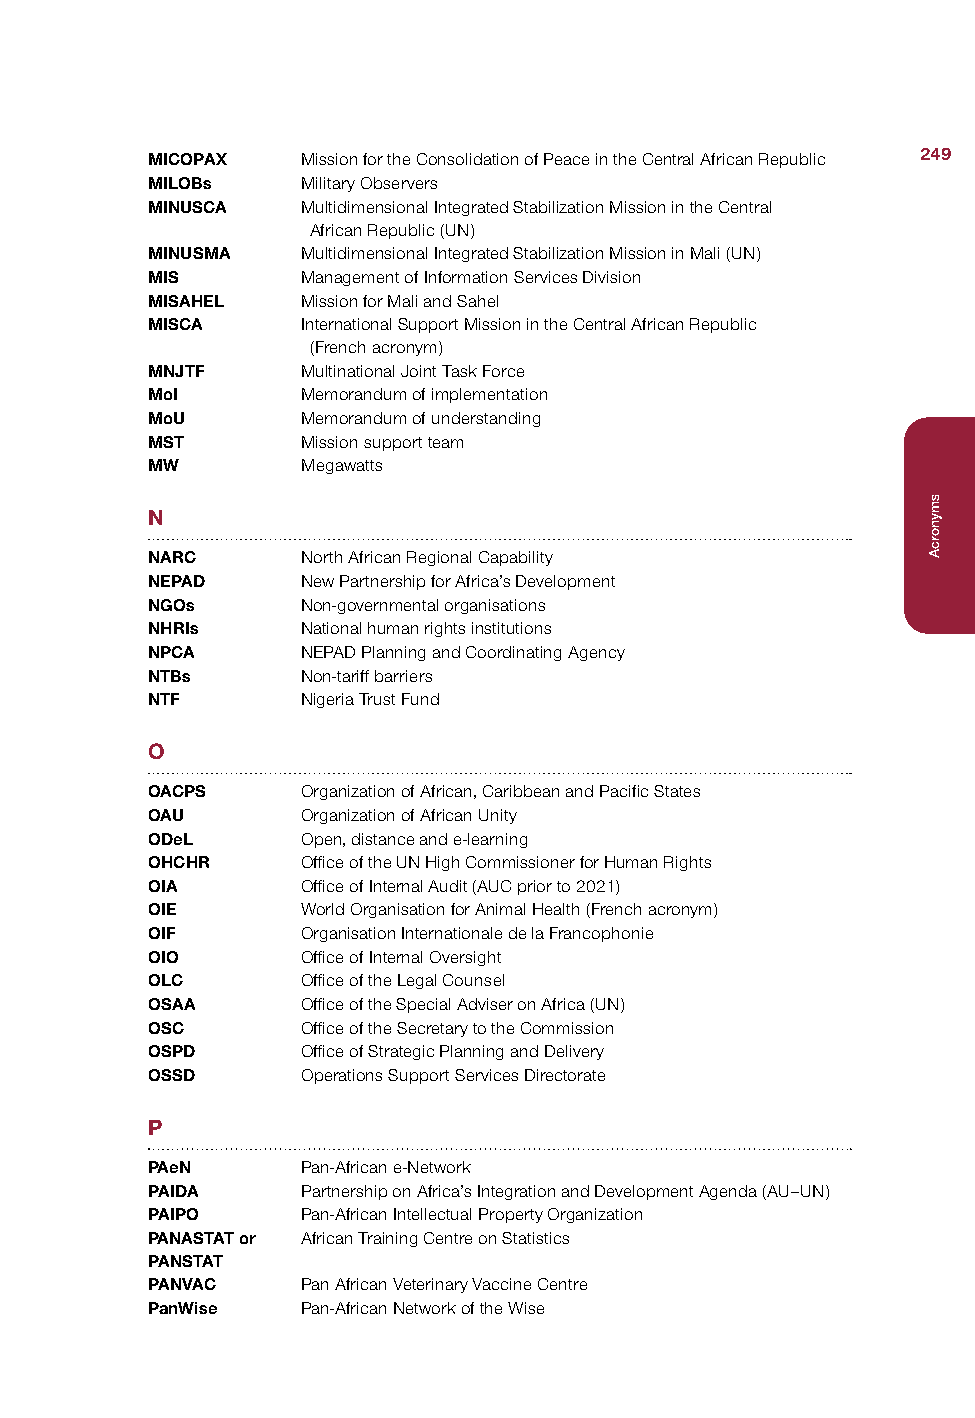
MICOPAX   Mission for the Consolidation of Peace in the Central African Republic 249
 MILOBs    Military Observers
 MINUSCA   Multidimensional Integrated Stabilization Mission in the Central
 African Republic (UN)
 MINUSMA   Multidimensional Integrated Stabilization Mission in Mali (UN)
 MIS       Management of Information Services Division
 MISAHEL   Mission for Mali and Sahel
 MISCA     International Support Mission in the Central African Republic
 (French acronym)
 MNJTF     Multinational Joint Task Force
 MoI       Memorandum of implementation
 MoU       Memorandum of understanding
 MST       Mission support team
 MW        Megawatts
 N
 NARC      North African Regional Capability
 NEPAD     New Partnership for Africa’s Development
 NGOs      Non-governmental organisations
 NHRIs     National human rights institutions
 NPCA      NEPAD Planning and Coordinating Agency
 NTBs      Non-tariff barriers
 NTF       Nigeria Trust Fund
 O
 OACPS     Organization of African, Caribbean and Pacific States
 OAU       Organization of African Unity
 ODeL      Open, distance and e-learning
 OHCHR     Office of the UN High Commissioner for Human Rights
 OIA       Office of Internal Audit (AUC prior to 2021)
 OIE       World Organisation for Animal Health (French acronym)
 OIF       Organisation Internationale de la Francophonie
 OIO       Office of Internal Oversight
 OLC       Office of the Legal Counsel
 OSAA      Office of the Special Adviser on Africa (UN)
 OSC       Office of the Secretary to the Commission
 OSPD      Office of Strategic Planning and Delivery
 OSSD      Operations Support Services Directorate
 P
 PAeN      Pan-African e-Network
 PAIDA     Partnership on Africa’s Integration and Development Agenda (AU–UN)
 PAIPO     Pan-African Intellectual Property Organization
 PANASTAT or African Training Centre on Statistics
 PANSTAT
 PANVAC    Pan African Veterinary Vaccine Centre
 PanWise   Pan-African Network of the Wise
 smynorcA